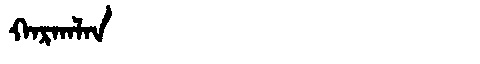
Manchu: ᡴᠠᡵᡴᠠᠯᠠᠨ
Romanization: KARKALAN